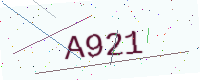
Text: A921